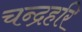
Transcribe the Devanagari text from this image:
चन्द्रहरि